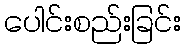
ပေါင်းစည်းခြင်း